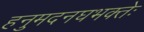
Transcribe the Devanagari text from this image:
हनुमदनघभक्तेः